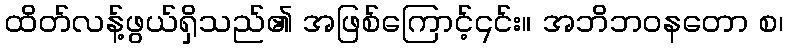
ထိတ်လန့်ဖွယ်ရှိသည်၏ အဖြစ်ကြောင့်၎င်း။ အဘိဘဝနတော စ၊